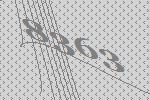
8363